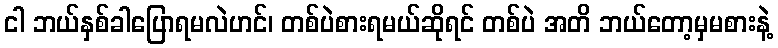
ငါ ဘယ်နှစ်ခါပြောရမလဲဟင်၊ တစ်ပဲစားရမယ်ဆိုရင် တစ်ပဲ အတိ ဘယ်တော့မှမစားနဲ့